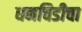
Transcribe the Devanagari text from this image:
धनचिडीचा